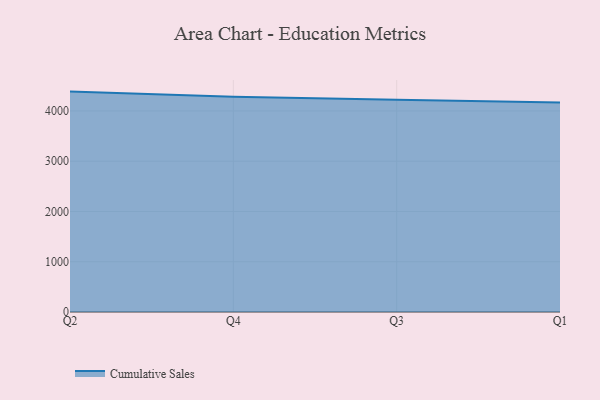
{"axis": {"x": "Quarter", "y": "Revenue (USD Million)"}, "legend": ["Cumulative Sales"], "data": [{"x": "Q2", "y": 4385.2, "type": "Cumulative Sales"}, {"x": "Q4", "y": 4282.3, "type": "Cumulative Sales"}, {"x": "Q3", "y": 4221.2, "type": "Cumulative Sales"}, {"x": "Q1", "y": 4169.7, "type": "Cumulative Sales"}]}